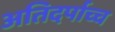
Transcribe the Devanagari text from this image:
अतिदर्पाच्च